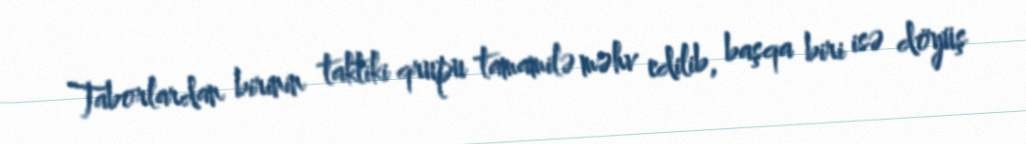
Taborlardan birinin taktiki qrupu tamamilə məhv edilib, başqa biri isə döyüş